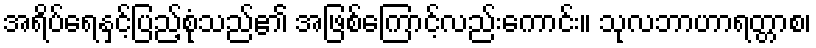
အရိပ်ရေနှင့်ပြည့်စုံသည်၏ အဖြစ်ကြောင့်လည်းကောင်း။ သုလဘာဟာရတ္တာစ၊